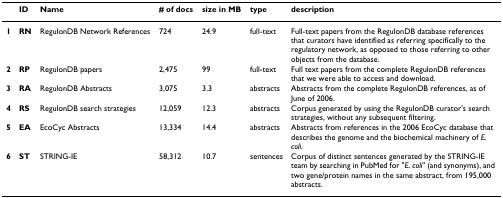
|  | ID | Name | # of docs | size in MB | type | description |
 | --- | --- | --- | --- | --- | --- | --- |
 | 1 | RN | RegulonDB Network References | 724 | 24.9 | full-text | Full-text papers from the RegulonDB database references that curators have identified as referring specifically to the regulatory network, as opposed to those referring to other objects from the database. |
 | 2 | RP | RegulonDB papers | 2,475 | 99 | full-text | Full text papers from the complete RegulonDB references that we were able to access and download. |
 | 3 | RA | RegulonDB Abstracts | 3,075 | 3.3 | abstracts | Abstracts from the complete RegulonDB references, as of June of 2006. |
 | 4 | RS | RegulonDB search strategies | 12,059 | 12.3 | abstracts | Corpus generated by using the RegulonDB curator's search strategies, without any subsequent filtering. |
 | 5 | EA | EcoCyc Abstracts | 13,334 | 14.4 | abstracts | Abstracts from references in the 2006 EcoCyc database that describes the genome and the biochemical machinery of E. coli. |
 | 6 | ST | STRING-IE | 58,312 | 10.7 | sentences | Corpus of distinct sentences generated by the STRING-IE team by searching in PubMed for "E. coli" (and synonyms), and two gene/protein names in the same abstract, from 195,000 abstracts. |